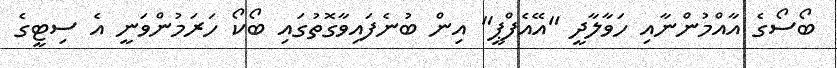
ބޯސޯގެ އާއްމުންނާއި ހަވާލާދީ "އޭއެފްޕީ" އިން ބުނެފައިވާގޮތުގައި ބޯކޯ ހަރަމުންވަނީ އެ ސިޓީގެ